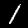
Digit: 1